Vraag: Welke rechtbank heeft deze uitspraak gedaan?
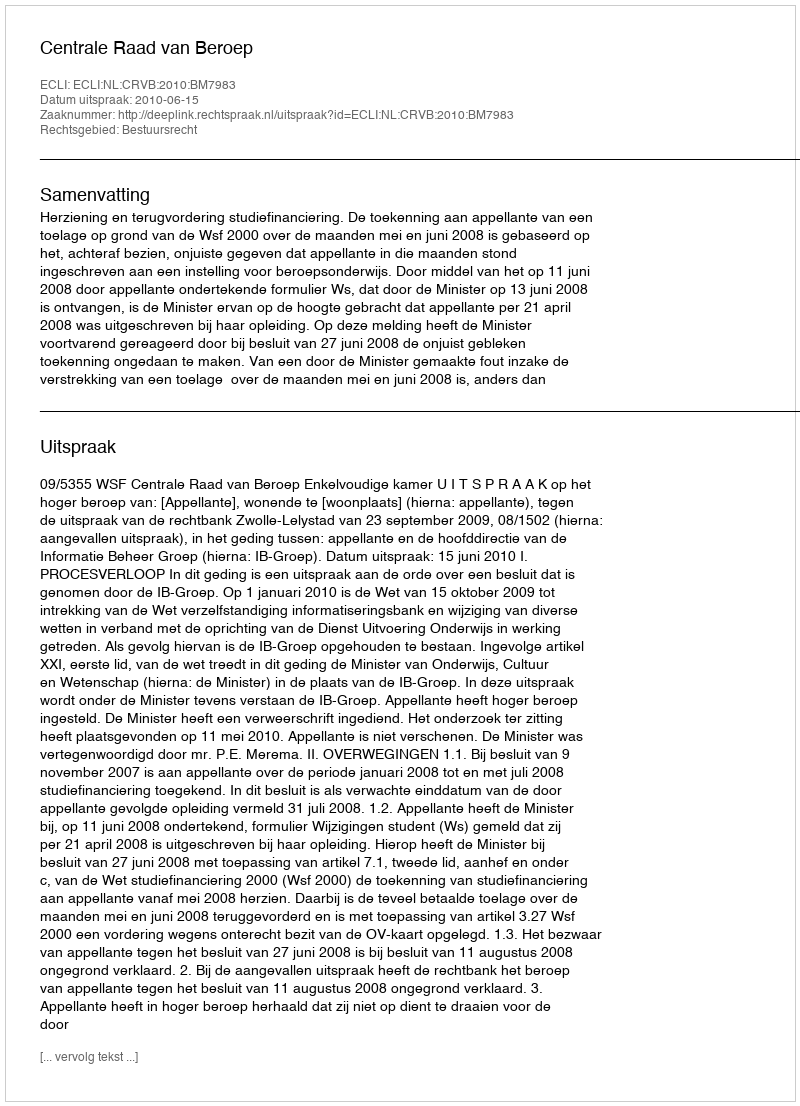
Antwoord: Centrale Raad van Beroep